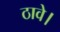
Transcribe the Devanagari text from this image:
ठावे।